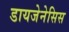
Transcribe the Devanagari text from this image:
डायजेनेसिस